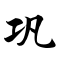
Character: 巩